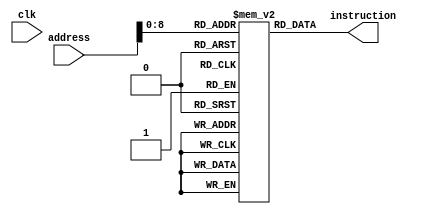
module instruction_Memory (clk,address, instruction);
input clk;
input [31:0] address;
output reg [31:0] instruction;

reg [31:0] memo [511:0];


//  Arithmetic: add, sub, addi
//  Load/Store: lw, sw
//  Logic: and, or, sll, srl, andi, ori
//  Control flow: beq, bne
//  Comparison: slt
initial
begin
memo[0]=32'h22310000;
memo[1]=32'h2008004b;
memo[2]=32'h014a6020;
memo[3]=32'h08100007;
end

always @(address)
begin
  //go to the instruction
  instruction=memo[address];
end

endmodule